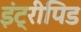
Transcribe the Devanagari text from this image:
इंट्रीपिड